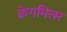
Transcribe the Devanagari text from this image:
क्रेगमिलर